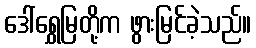
ဒေါ်ရွှေမြတို့က ဖွားမြင်ခဲ့သည်။